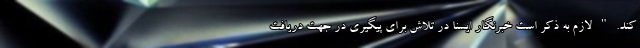
کند. " لازم به ذکر است خبرنگار ایسنا در تلاش برای پیگیری در جهت دریافت